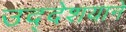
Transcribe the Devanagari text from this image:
उद्देशयाने